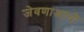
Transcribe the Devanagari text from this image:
जेवणाआधी